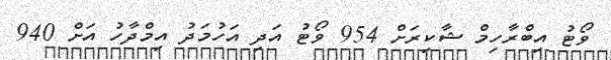
ވޯޓު އިބްރާހިމް ޝާކިރަށް 954 ވޯޓު އަދި އަހުމަދު އިމްދާހު އަށް 940